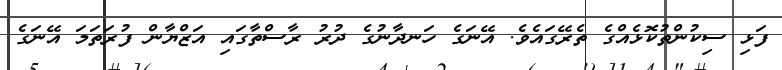
ފަޅި ސިކުންތުކޮޅެއްގެ ތެރޭގައެވެ. އޭނަގެ ހަނދާނުގެ ދުރު ރާސްތާގައި އަޒްޔާން ފުރަތަމަ އޭނަގެ